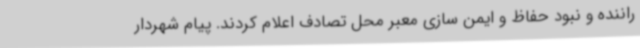
راننده و نبود حفاظ و ایمن سازی معبر محل تصادف اعلام کردند. پیام شهردار